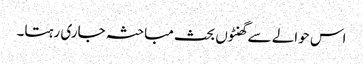
اس حوالے سے گھنٹوں بحث مباحثہ جاری رہتا۔